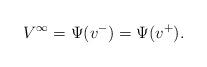
LaTeX: \begin{align*} V^\infty = \Psi ( v^- ) = \Psi ( v^+) .\end{align*}